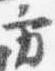
方